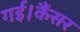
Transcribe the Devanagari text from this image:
गई।कैंसर